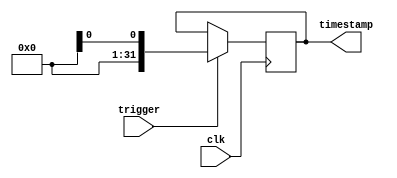
module timestamping_timer (
    input wire clk,         // synchronized clock signal
    input wire trigger,     // input trigger signal to start timestamping process
    output reg [31:0] timestamp // stores the current system time
);

always @(posedge clk) begin
    if (trigger) begin
        timestamp <= $time;  // capture the current system time
    end
end

endmodule